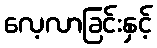
လေ့လာခြင်းနှင့်